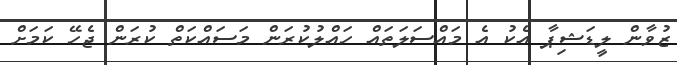
ޒުވާން ލީޑަޝިޕާ އެކު އެ މައްސަލަތައް ހައްލުކުރަން މަސައްކަތް ކުރަން ޖެހޭ ކަމަށް